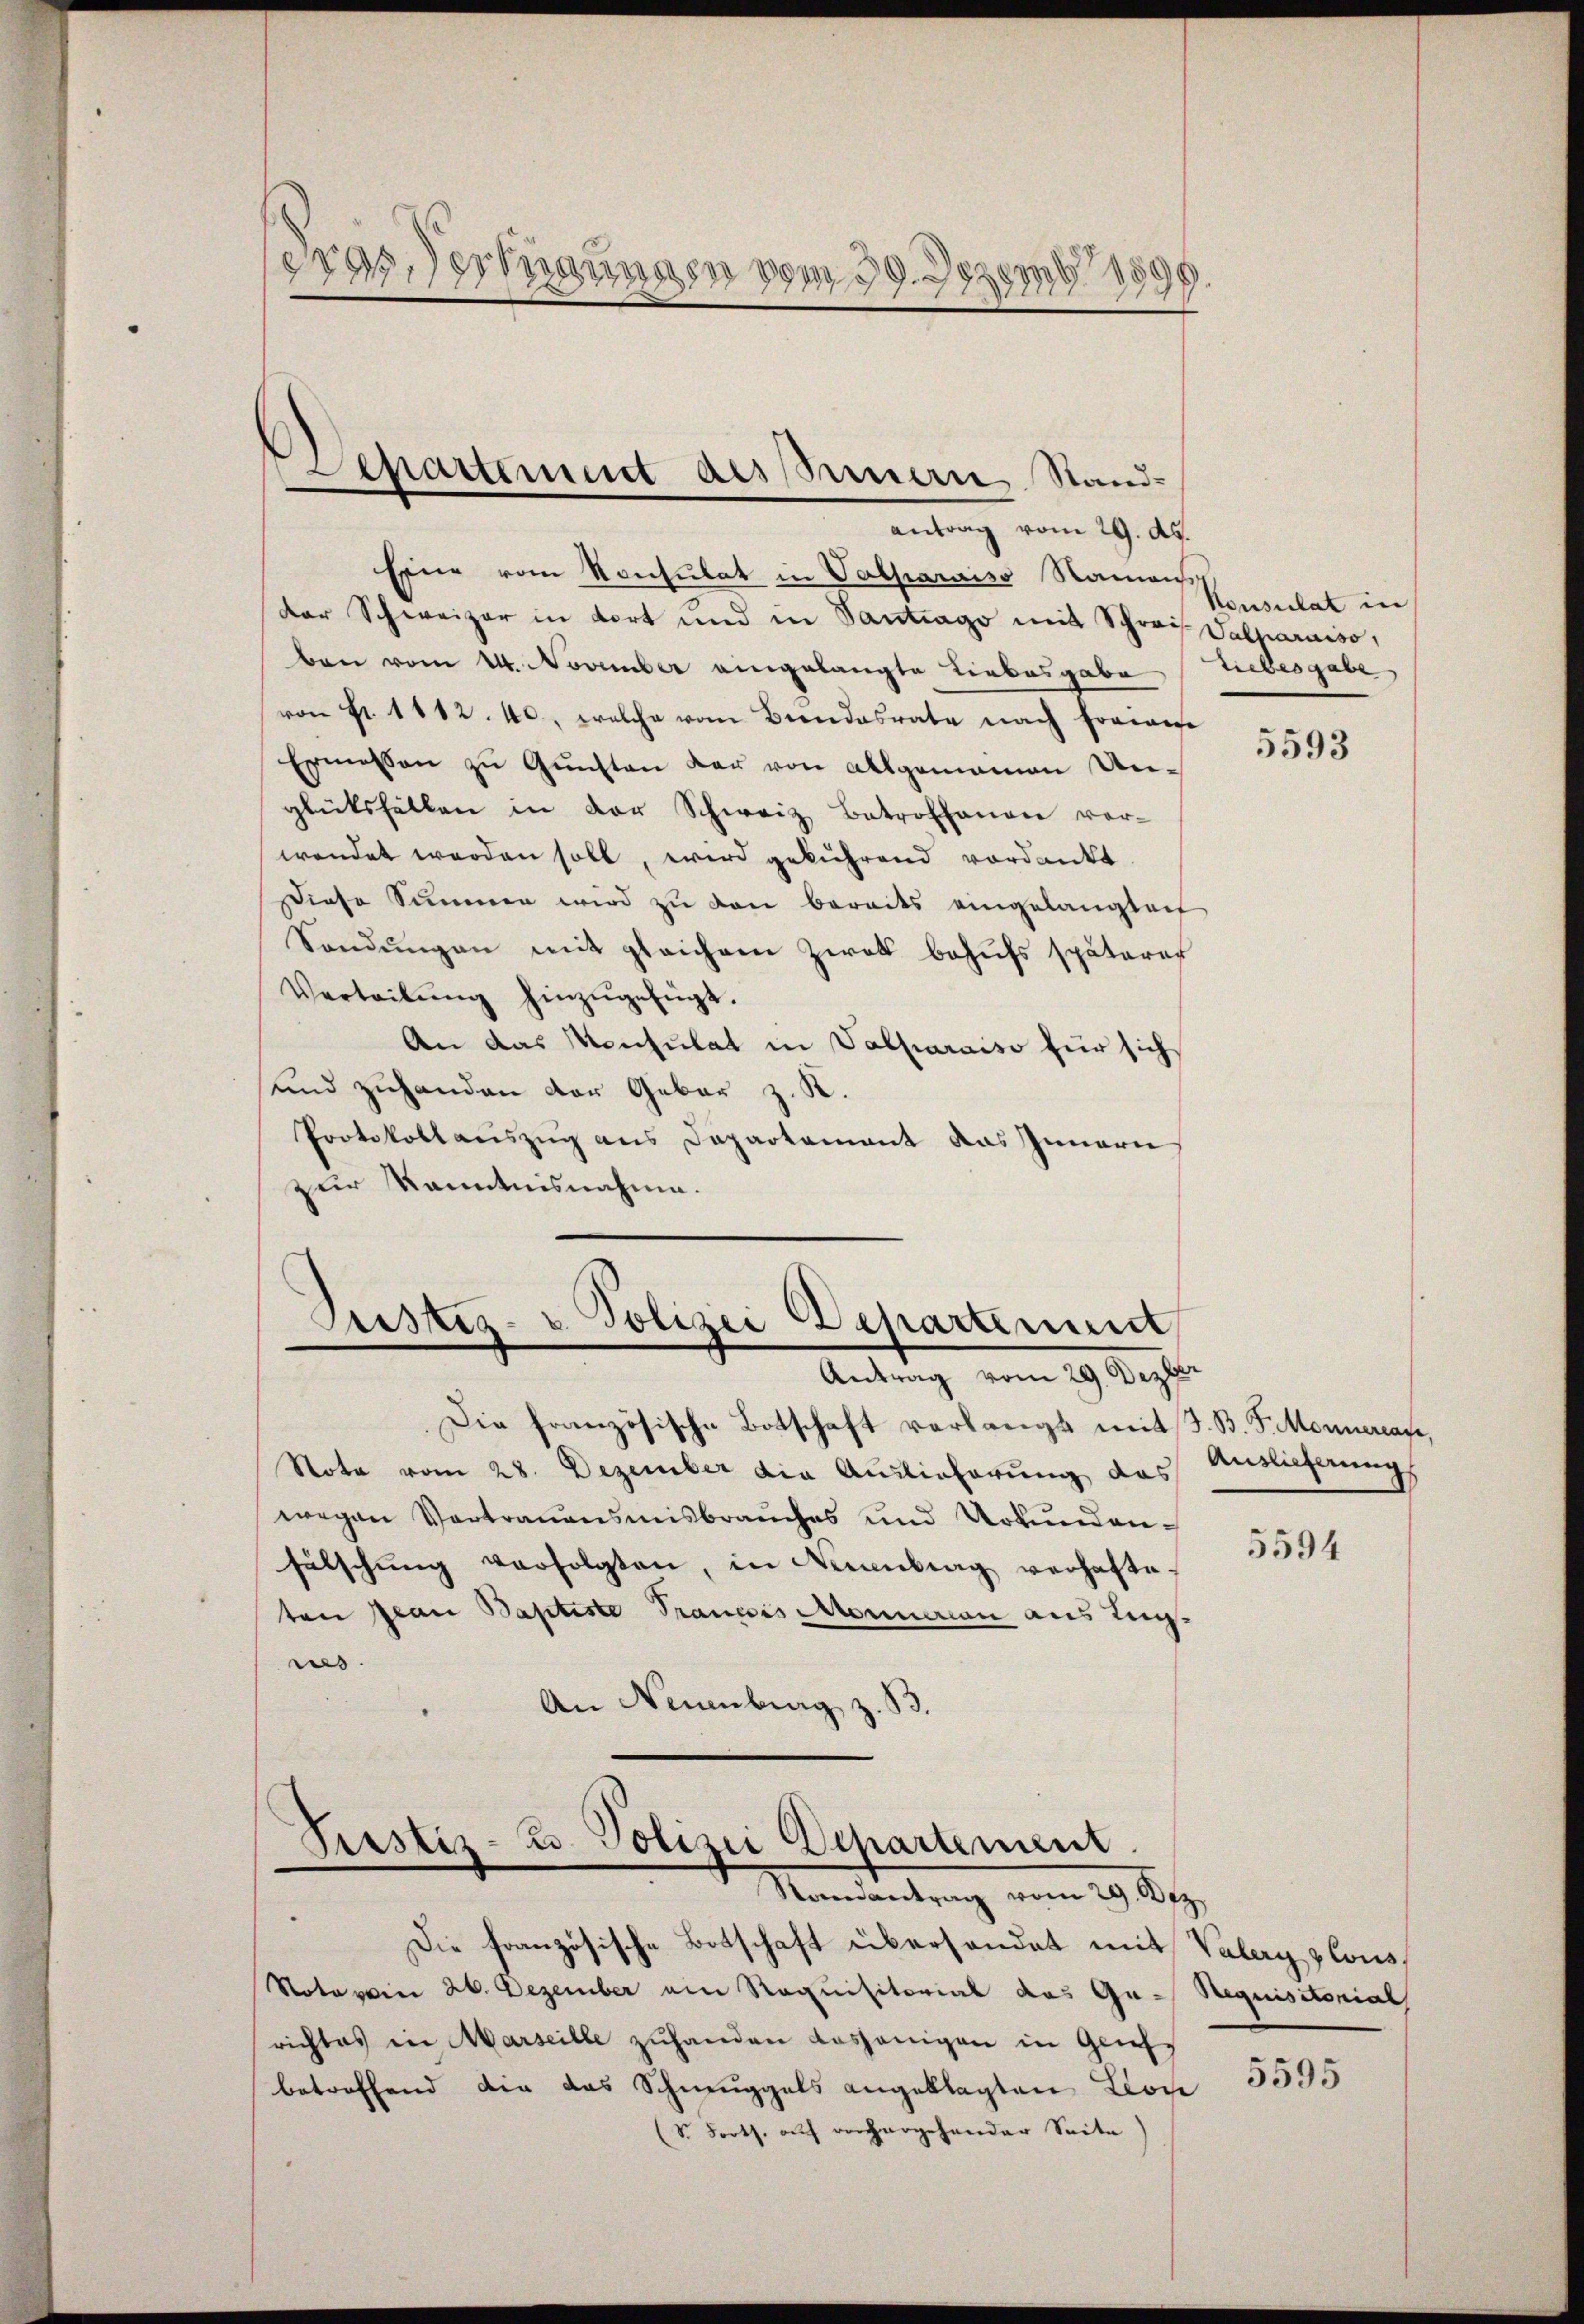
8287
eras Vernungen vom 29. 771 189

antrag vom 29. ds.
Eine vom Konsulat in Valparaiss Namens
der Schweizer in dort und in Santrago mit Schreis Salparaiso
ben vom 14. November eingelangte Liebesgabe
von Fr. 1112. 40. welche vom Bundesrate nach Freiange
Ermessen zu Gunsten der von Allgemeinen Unglüksfällen in der Schweiz Betroffenen vor-
wendet werden soll, wird gebührend verdankt.
Diese Summen wird zŭ den bereits eingelanglech
Sendungen mit gleichem Zwek behufs späterer
Verteilŭng hinzŭgefügt.
An das Konsulat in Valparaiso für sich
und zuhanden der Gebar z. K.
Protokollauszug aus Departement das Innern
zur Kenntnisnahme.
Justiz- u. Polizei Departinum

Departement dessenern Stand-

Antrag vom 29. Dezber

Die französische Botschaft verlangt mit J. B. J. Monnerrafe,
Note vom 28. Dezember die Auslieferung das
wegen Vertrauensmisbrauches und Urkundenfälschŭng verfolgten, in Neuenburg verhafteten Jean Baptiste Prancois Monueran aus Ligus.
An Neuenburg z.
d

Pustiz-Zo. Polizei Departement.
.
e
Randantrag vom 29. Dez.
Die französische Botschaft überhandet mit Valery zlous¬

Notarein 26. Dezember ein Requisitorial das Ga-Requisitorial
richtes in Marseille zuhanden dasjenigen in Gliess
betreffend die das Schmuggels angeklagten Lon
(S. Forts. auf vorhergehender Seite

Konsulat in
Liebesgabe

5593

Auslieferung

5594

5595